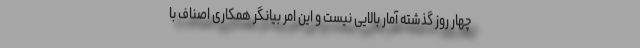
چهار روز گذشته آمار بالایی نیست و این امر بیانگر همکاری اصناف با